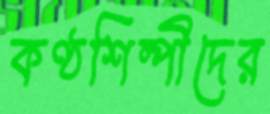
কণ্ঠশিল্পীদের